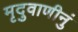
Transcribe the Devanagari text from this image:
मृदुवाणीनुं